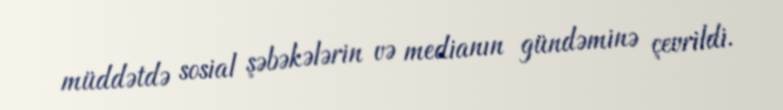
müddətdə sosial şəbəkələrin və medianın gündəminə çevrildi.